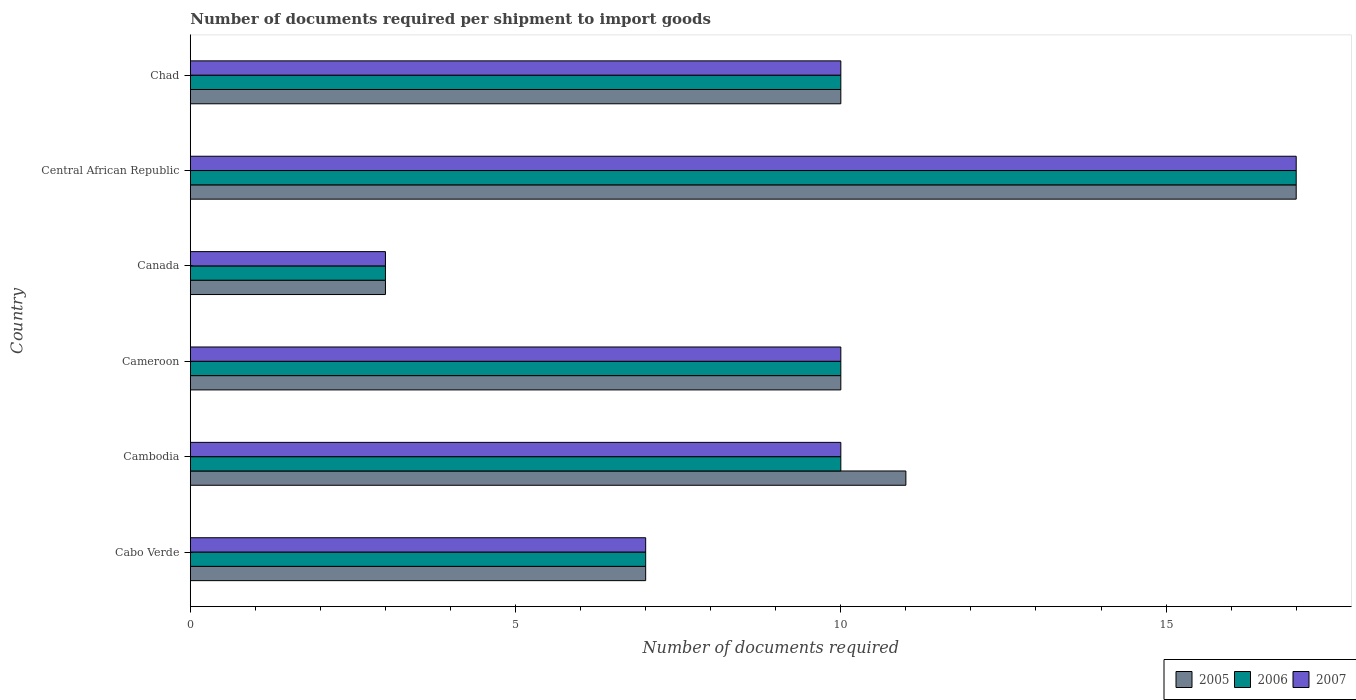
| Country | 2005 | 2006 | 2007 |
 | --- | --- | --- | --- |
 | Cabo Verde | 7 | 7 | 7 |
 | Cambodia | 11 | 10 | 10 |
 | Cameroon | 10 | 10 | 10 |
 | Canada | 3 | 3 | 3 |
 | Central African Republic | 17 | 17 | 17 |
 | Chad | 10 | 10 | 10 |